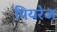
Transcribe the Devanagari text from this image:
पियरेज